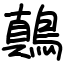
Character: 鷏